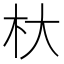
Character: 杕